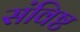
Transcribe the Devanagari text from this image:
संविष्ट